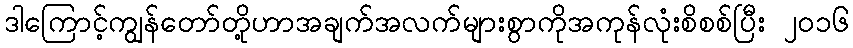
ဒါကြောင့်ကျွန်တော်တို့ဟာအချက်အလက်များစွာကိုအကုန်လုံးစိစစ်ပြီး ၂၀၁၆